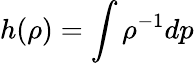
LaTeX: h(\rho)=\int\rho^{-1}dp